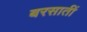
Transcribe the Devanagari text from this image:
बरसातीं